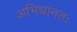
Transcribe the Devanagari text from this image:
अभिधानतः